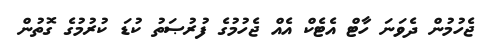
ޖެހުމުން ދެވަނަ ހާޓް އެޓެކް އެއް ޖެހުމުގެ ފުރުޞަތު ކުޑަ ކުރުމުގެ ގޮތުން